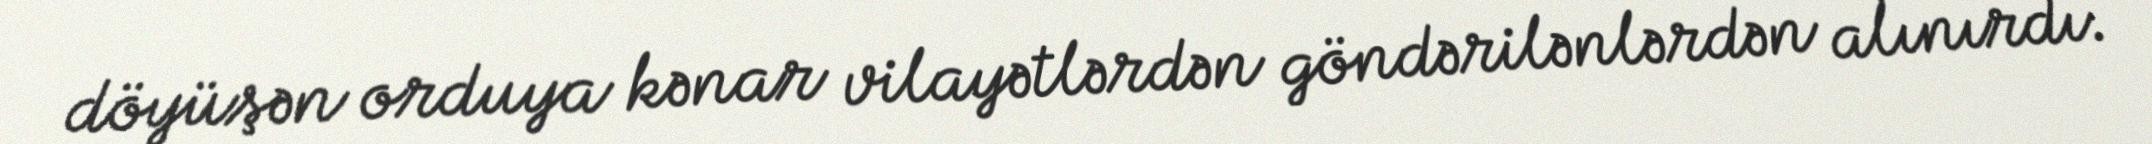
döyüşən orduya kənar vilayətlərdən göndərilənlərdən alınırdı.